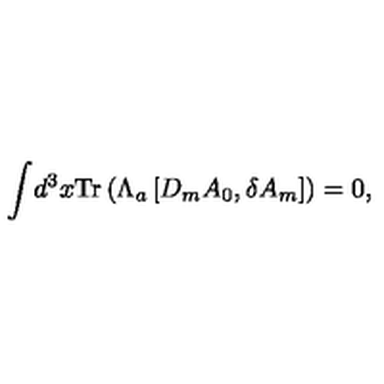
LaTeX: \int \! d ^ { 3 } x \mathrm { T r } \left( \Lambda _ { a } \left[ D _ { m } A _ { 0 } , \delta A _ { m } \right] \right) = 0 ,